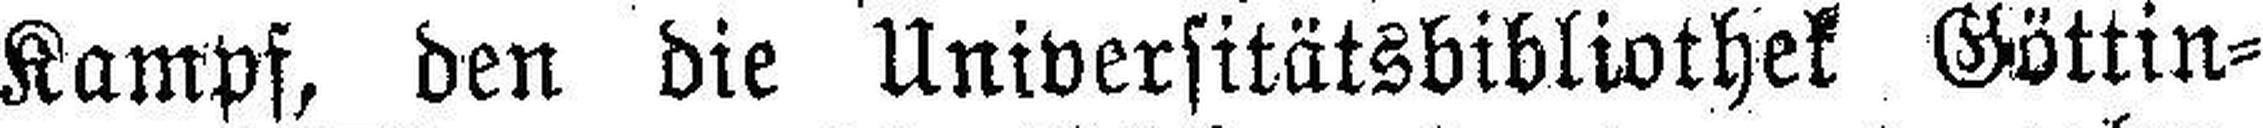
Kampf, den die Universitätsbibliothek Göttin¬